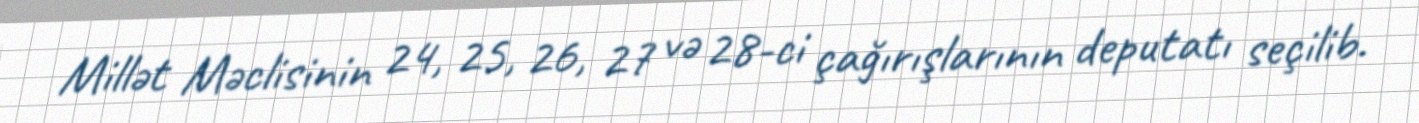
Millət Məclisinin 24, 25, 26, 27 və 28-ci çağırışlarının deputatı seçilib.